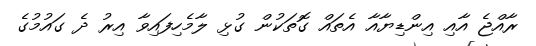
ރާއްޖެ އާއި އިންޑިޔާއާ އެތައް ގޮތަކުން ގުޅި ލާމެހިފައިވާ އިރު ދެ ގައުމުގެ